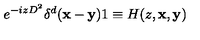
e ^ { - i z D ^ { 2 } } \delta ^ { d } ( { \mathbf { x } } - { \mathbf { y } } ) 1 \equiv H ( z , { \mathbf { x } } , { { \mathbf { y } } } )